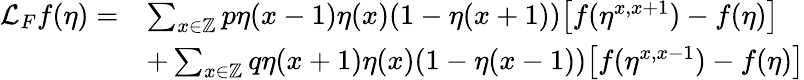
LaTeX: \begin{array}{rl}{\mathcal{L}_{F}f(\eta)=}&{\sum_{x\in\mathbb Z}p\eta(x-1)\eta(x)(1-\eta(x+1))\big[f(\eta^{x,x+1})-f(\eta)\big]}\\ &{+\sum_{x\in\mathbb Z}q\eta(x+1)\eta(x)(1-\eta(x-1))\big[f(\eta^{x,x-1})-f(\eta)\big]}\end{array}